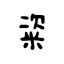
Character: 粢